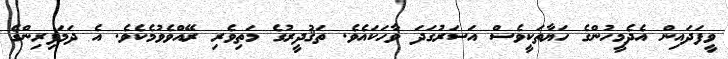
ވީފަދައިން އެދެމީހުންގެ ހަޔާތަކީވެސް އަސަރުގަދަ ވާހަކައެވެ. ތަޤުދީރުގެ މަތިވެރި ރޭއްވެވުމެކެވެ. އެ ދަމަފިރިންގެ